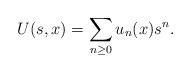
LaTeX: \begin{align*}U(s,x) = \sum_{n \ge 0} u_n(x) s^n.\end{align*}